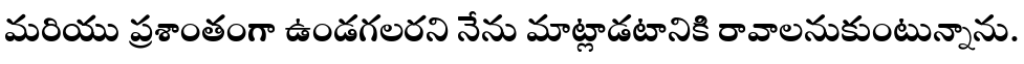
మరియు ప్రశాంతంగా ఉండగలరని నేను మాట్లాడటానికి రావాలనుకుంటున్నాను.